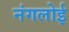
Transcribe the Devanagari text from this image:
नंगलोई